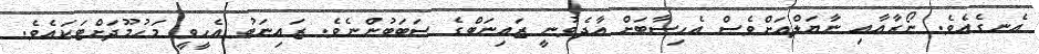
އެނގެއެވެ. ނޯރާއާއި ނާޔަލްއަށްވެސް އެހިސާބަށް އާދެވުނީ ޒައިނަބްގެ ސަބަބުންނެވެ. ޒައިނަބު އެހީވީ މަހުމޫދަށްޓަކައެވެ.